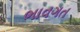
ભાવગત